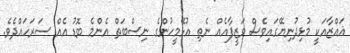
ޣައްޒާއަކީ މުޅިދުނިޔޭގައިވެސް ވަޒީފާއެއް ނެތި އުޅޭމީހުންގެ ނިސްބަތް އެންމެ ބޮޑު އެއް ސަރަހައްދެވެ.